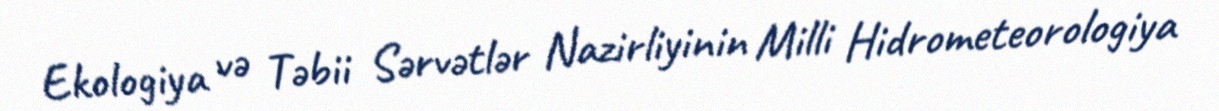
Ekologiya və Təbii Sərvətlər Nazirliyinin Milli Hidrometeorologiya